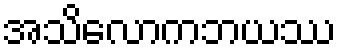
အသိလောကဘယဿ